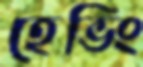
হেভিং